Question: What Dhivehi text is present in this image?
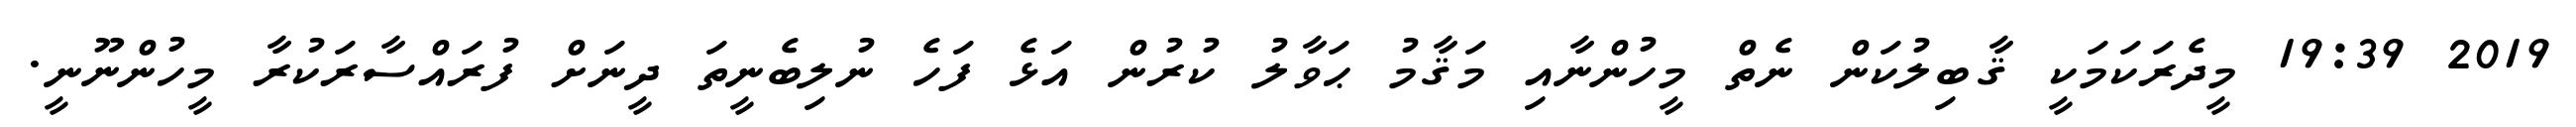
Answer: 2019 19:39 މީދެރަކަމަކީ ޤާބިލުކަން ނެތް މީހުންނާއި މަޤާމު ޙަވާލު ކުރުން އަޅެ ފަހެ ނުލިބެނީތަ ދީނަށް ފުރައްސާރަކުރާ މީހުންނޫނީ.